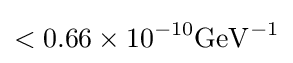
\mathrm {<0.66\times 10^{-10}GeV^{-1}}